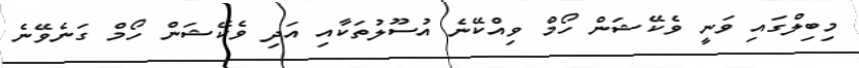
މިބިލްގައި ވަނީ ވެކޭޝަން ހޯމް ވިއްކޭނެ އުސޫލުތަކާއި އަދި ވެކޭޝަން ހޯމް ގަނެވޭނެ